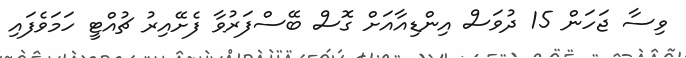
ވިސާ ޖަހަން 15 ދުވަސް އިންޑިއާއަށް ގޮސް ބޭސްފަރުވާ ފެށޭއިރު ޗުއްޓީ ހަމަވެފައި